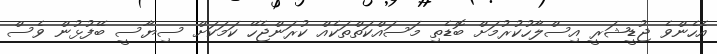
އެހެންވެ ޖުޑީޝަރީ އިސްލާހުކުރުމަށް ބޮޑެތި މަސައްކަތްތަކެއް ކުރަންޖެހޭ ކަމަކަށް ސިޔާސީ ބޭފުޅުން ވެސް